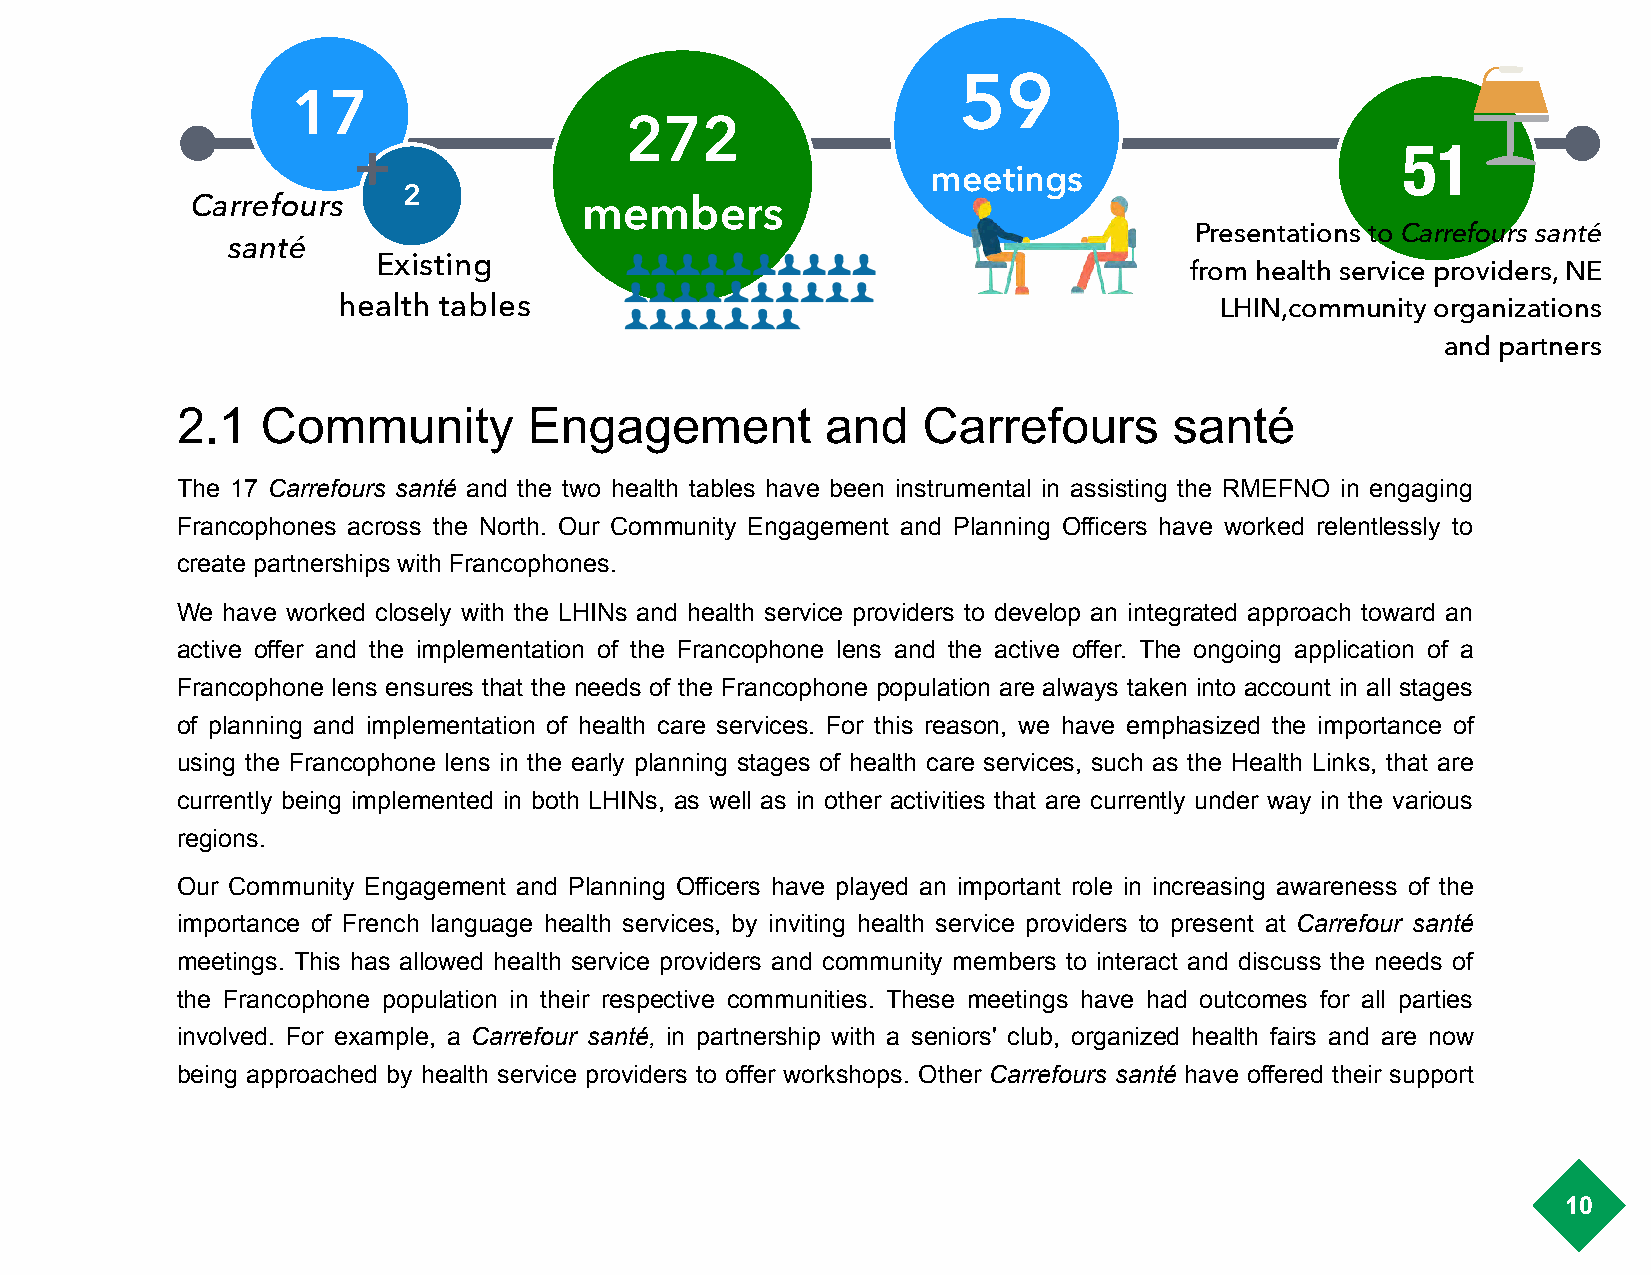
59
 17
 272
 +                                                                     51
 meetings
 2
 Carrefours                members
 Presentations to Carrefours santé
 santé
 !
 Existing
 from health service providers, NE
 health tables                                              LHIN,community organizations
 !
 and partners
 2.1  Community         Engagement          and   Carrefours       santé
 The 17 Carrefours santé and the two health tables have been instrumental in assisting the RMEFNO in engaging
 Francophones across the North. Our Community Engagement and Planning Officers have worked relentlessly to
 create partnerships with Francophones.
 We have worked closely with the LHINs and health service providers to develop an integrated approach toward an
 active offer and the implementation of the Francophone lens and the active offer. The ongoing application of a
 Francophone lens ensures that the needs of the Francophone population are always taken into account in all stages
 of planning and implementation of health care services. For this reason, we have emphasized the importance of
 using the Francophone lens in the early planning stages of health care services, such as the Health Links, that are
 currently being implemented in both LHINs, as well as in other activities that are currently under way in the various
 regions.
 Our Community Engagement and Planning Officers have played an important role in increasing awareness of the
 importance of French language health services, by inviting health service providers to present at Carrefour santé
 meetings. This has allowed health service providers and community members to interact and discuss the needs of
 the Francophone population in their respective communities. These meetings have had outcomes for all parties
 involved. For example, a Carrefour santé, in partnership with a seniors' club, organized health fairs and are now
 being approached by health service providers to offer workshops. Other Carrefours santé have offered their support
 10